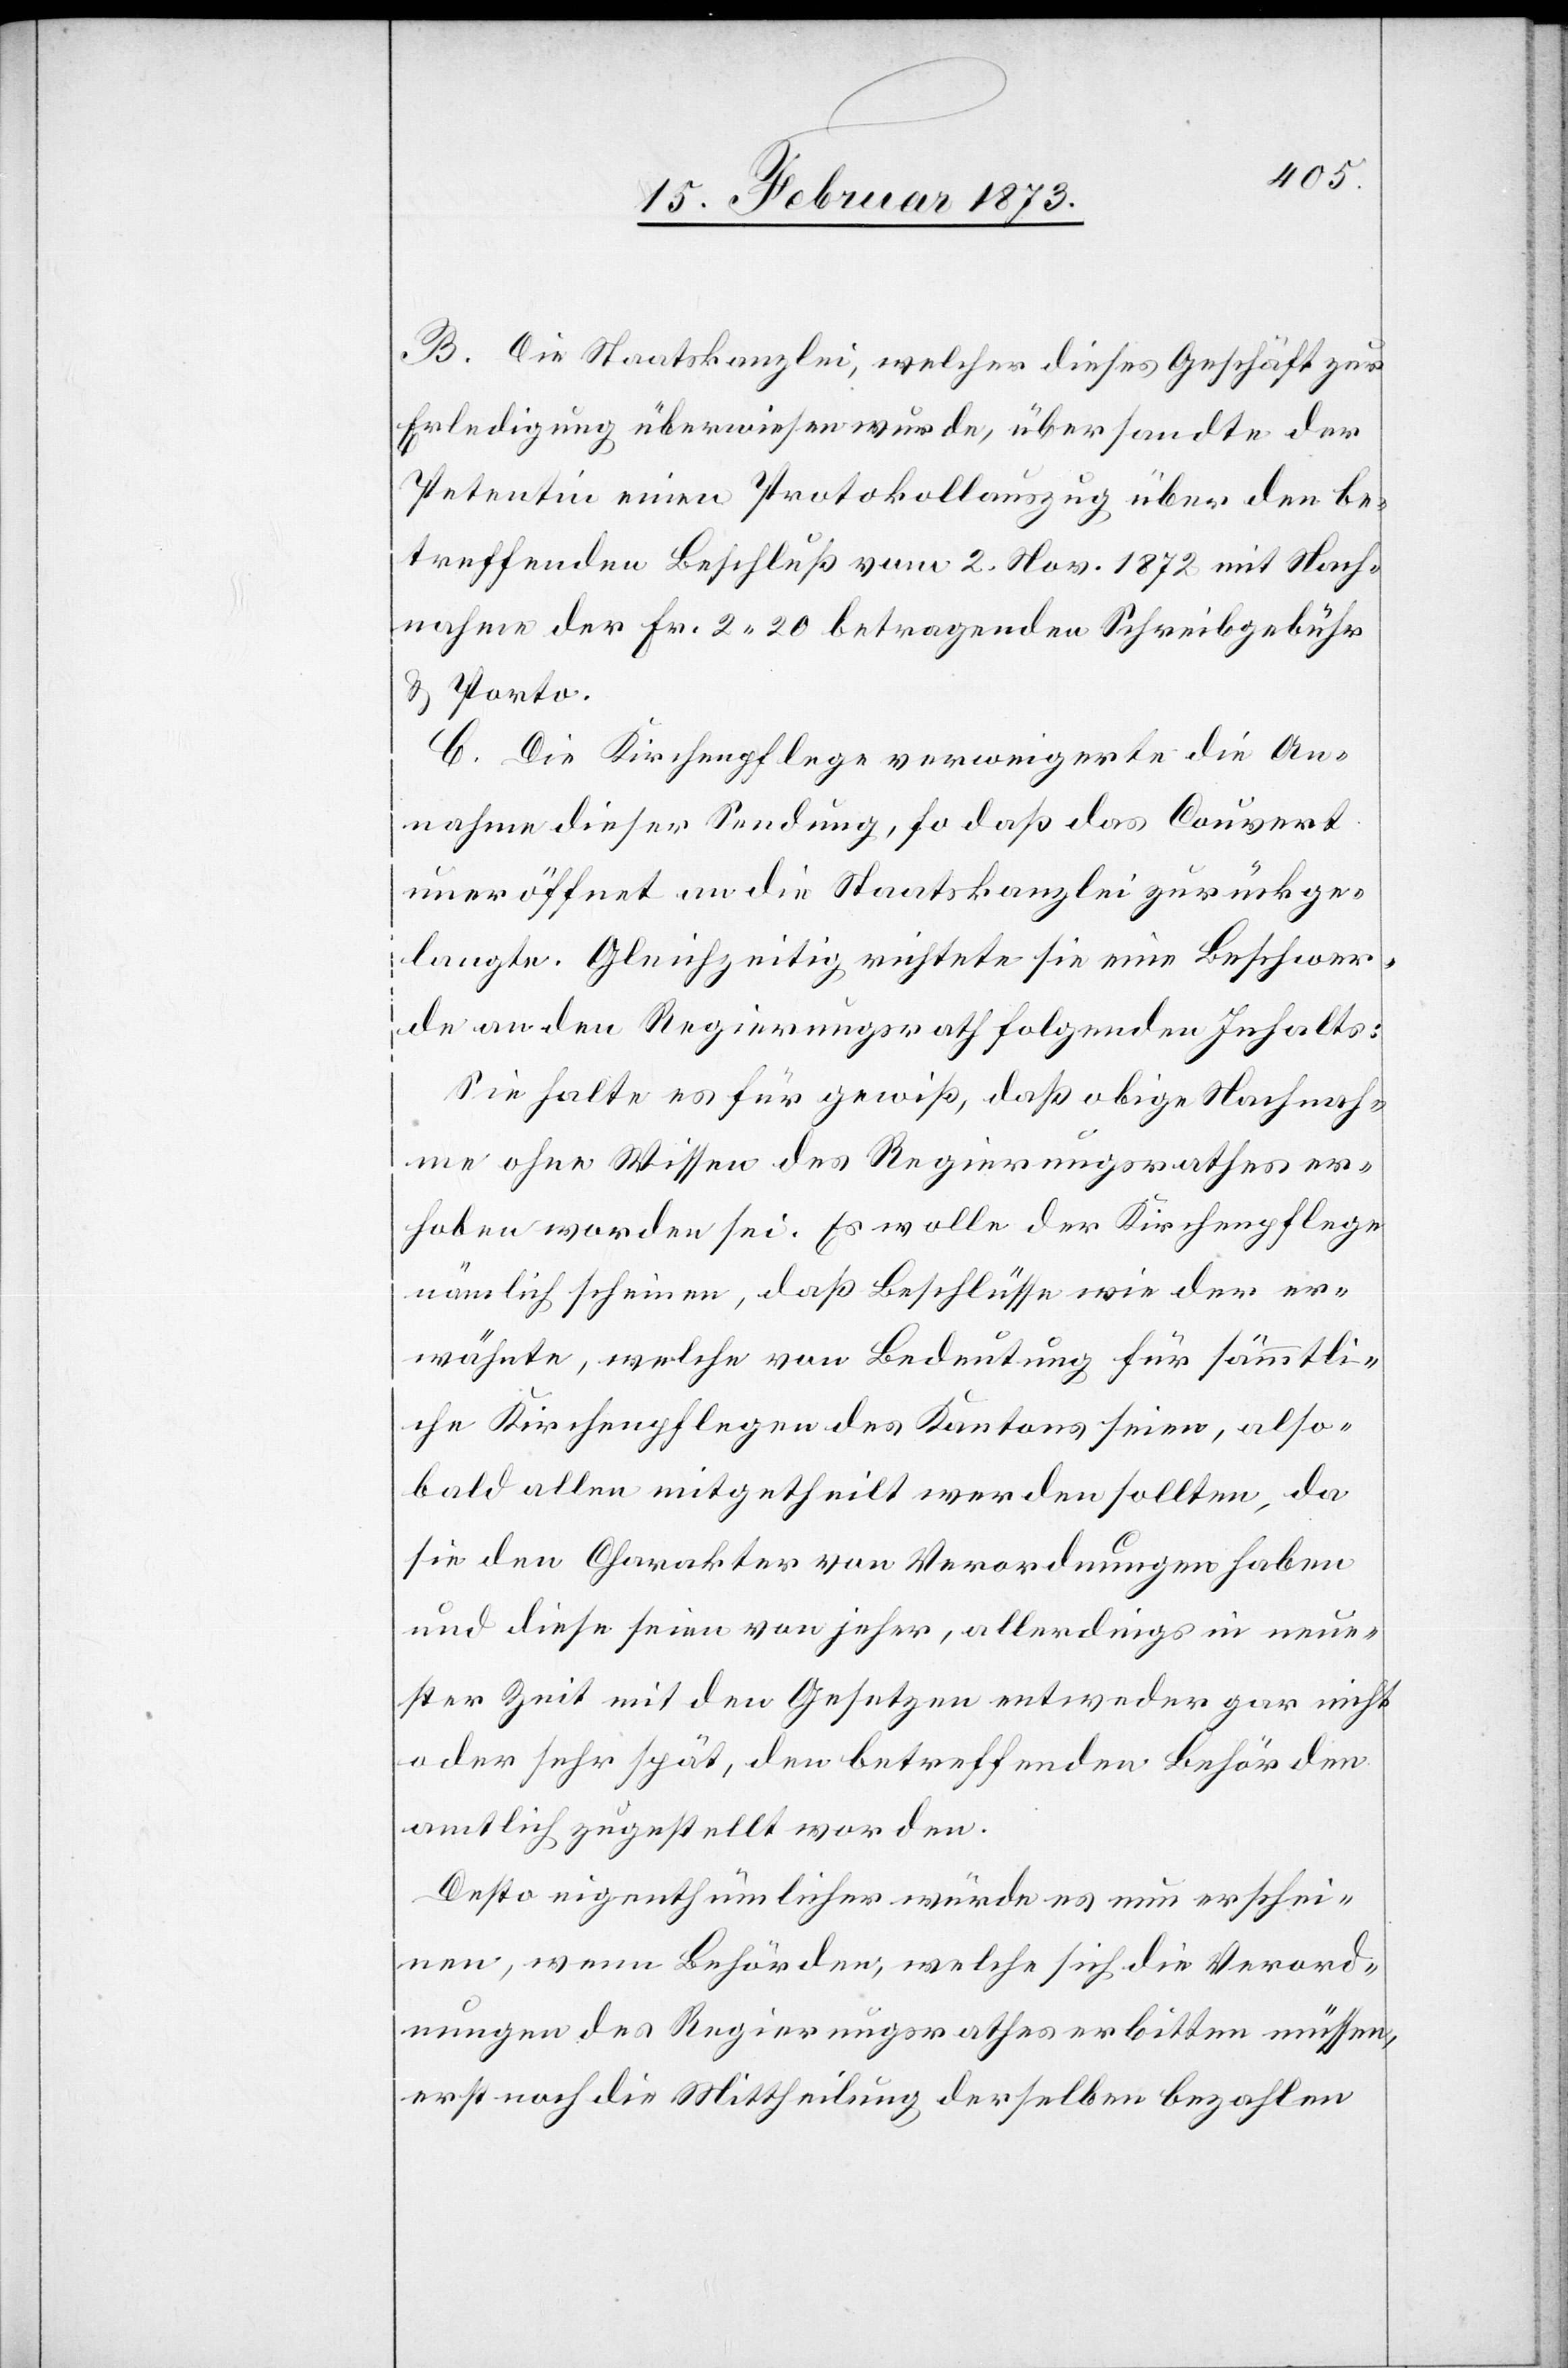
B. Die Staatskanzlei, welcher dieses Geschäft zur
Erledigung überwiesen wurde, übersandte der
Petentin einen Protokollauszug über den be¬
treffenden Beschluß vom 2. Nov. 1872 mit Nach¬
nahme der Fr. 2.20 betragenden Schreibgebühr
u. Porto.
C. Die Kirchenpflege verweigerte die An¬
nahme dieser Sendung, so daß das Couvert
uneröffnet an die Staatskanzlei zurückge¬
langte. Gleichzeitig richtete sie eine Beschwer¬
de an den Regierungsrath folgenden Inhalts:
Sie halte es für gewiß, daß obige Nachnah¬
me ohne Wissen des Regierungsrathes er¬
hoben worden sei. Es wolle der Kirchenpflege
nämlich scheinen, daß Beschlüsse wie der er¬
wähnte, welche von Bedeutung für sämmtli¬
che Kirchenpflegen des Kantons seien, also
bald allen mitgetheilt werden sollten, da
sie den Charakter von Verordnungen haben
und diese seien von jeher, allerdings in neue¬
ster Zeit mit den Gesetzen entweder gar nicht
oder sehr spät, den betreffenden Behörden
amtlich zugestellt worden.
Desto eigenthümlicher würde es neu erschei¬
nen, wenn Behörden, welche sich die Verord¬
nungen des Regierungsrathes erbitten müssen,
erst noch die Mittheilung derselben bezahlen